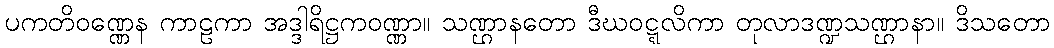
ပကတိဝဏ္ဏေန ကာဠကာ အဒ္ဒါရိဋ္ဌကဝဏ္ဏာ။ သဏ္ဌာနတော ဒီဃဝဋ္ဋလိကာ တုလာဒဏ္ဍသဏ္ဌာနာ။ ဒိသတော